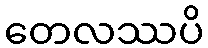
တေလဿပိ